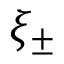
\xi _ { \pm }